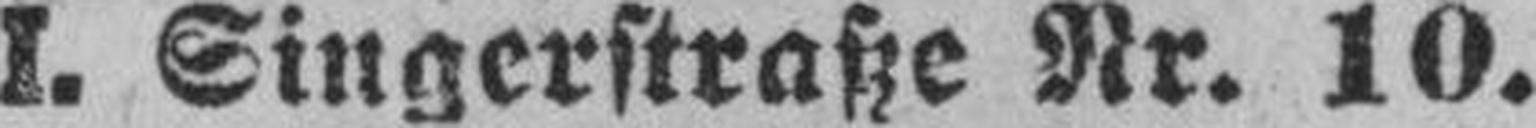
I. Singerstraße Nr. 10.